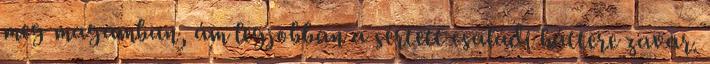
meg magamban, ám legjobban a sértett családi háttere zavar.